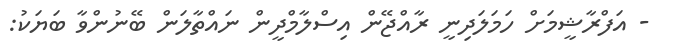
- އަފްރާޝީމަށް ހަމަލަދިނީ ރާއްޖޭން އިސްލާމްދީން ނައްތާލަން ބޭނުންވާ ބަޔަކު: